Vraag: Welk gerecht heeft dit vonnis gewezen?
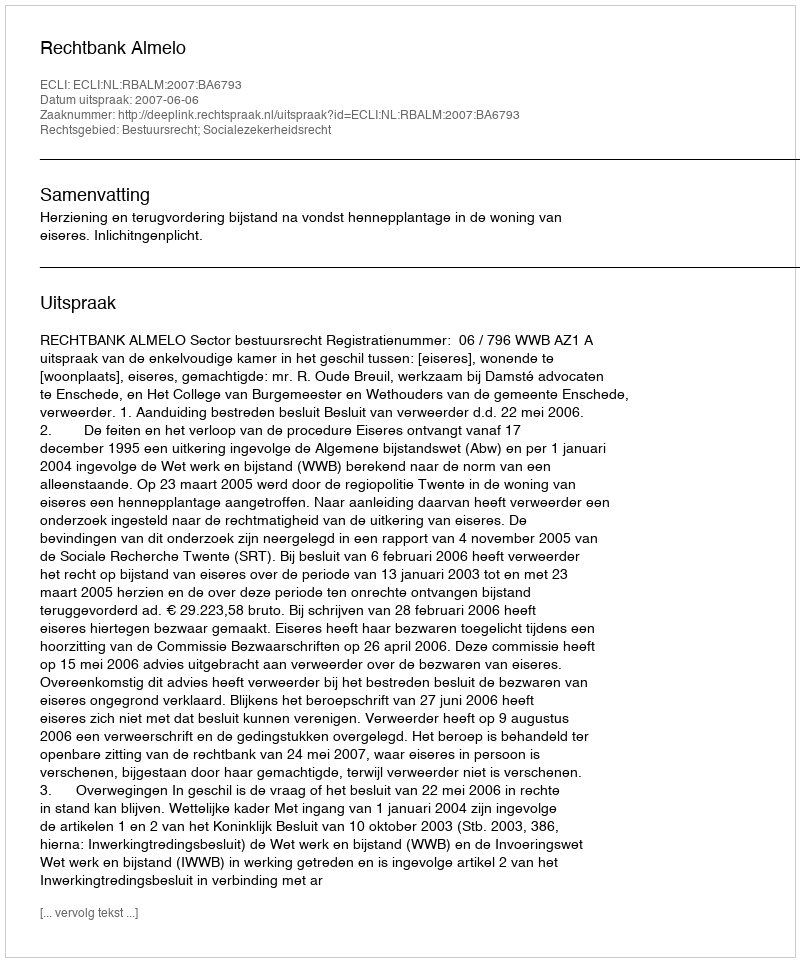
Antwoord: Rechtbank Almelo